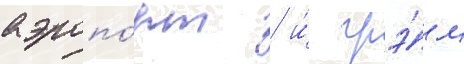
аэропо́рт / и́ грэ́м